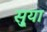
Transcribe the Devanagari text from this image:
सु्या